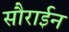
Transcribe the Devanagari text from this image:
सौराईन